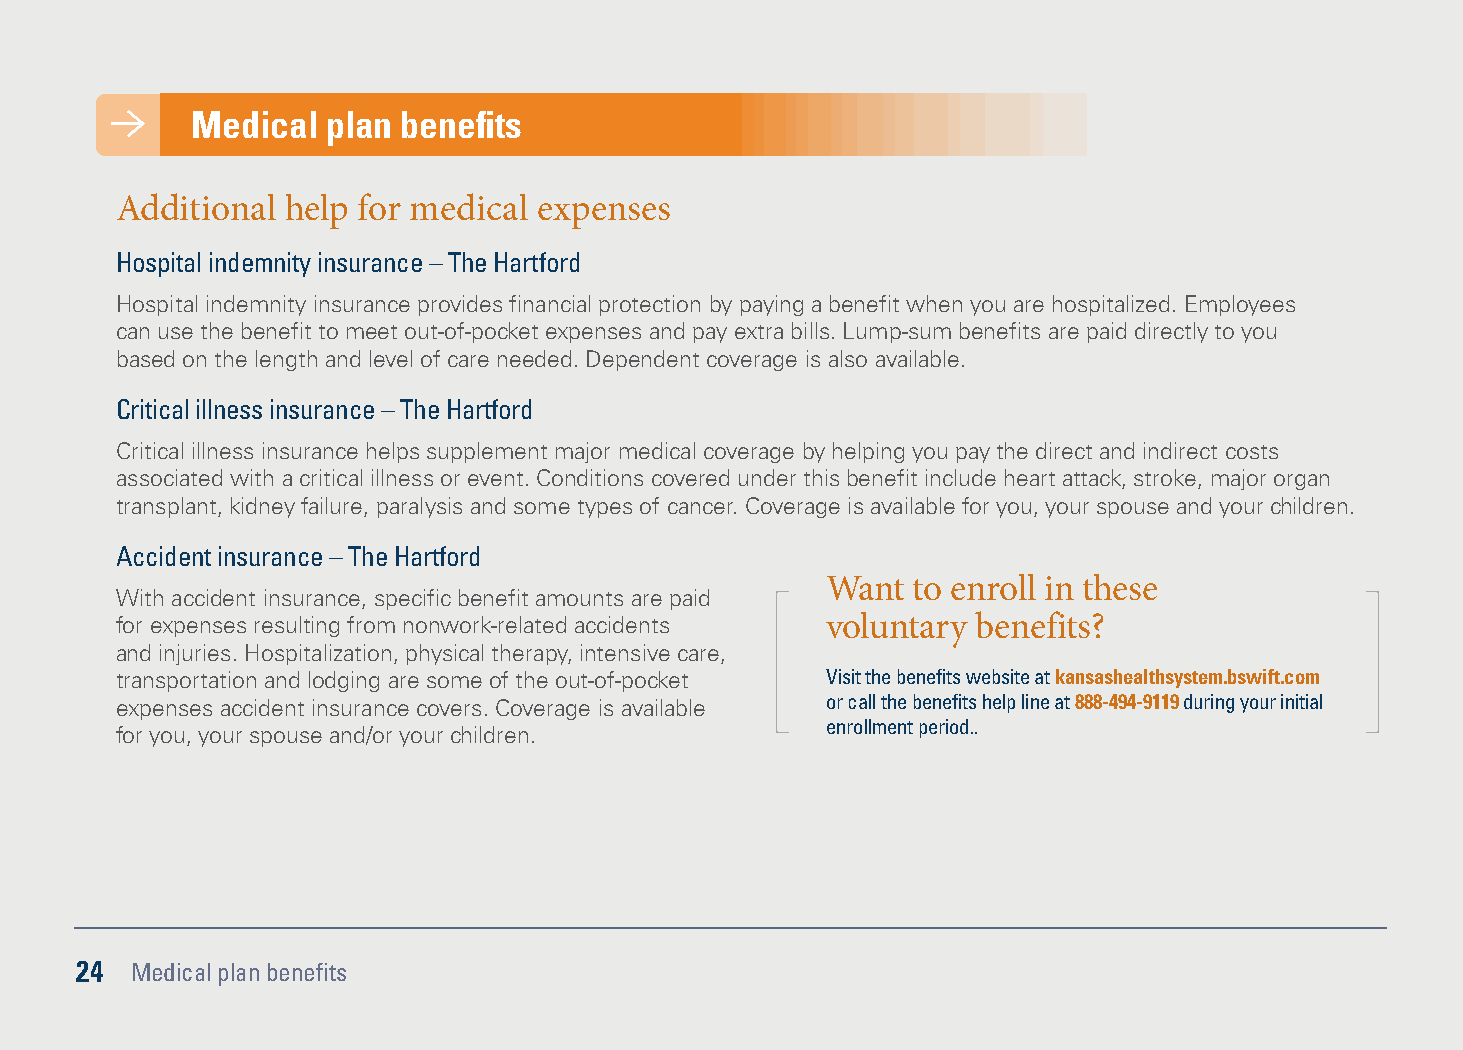
Medical  plan benefits
 Additional help for medical expenses
 Hospital indemnity insurance – The Hartford
 Hospital indemnity insurance provides financial protection by paying a benefit when you are hospitalized. Employees
 can use the benefit to meet out-of-pocket expenses and pay extra bills. Lump-sum benefits are paid directly to you
 based on the length and level of care needed. Dependent coverage is also available.
 Critical illness insurance – The Hartford
 Critical illness insurance helps supplement major medical coverage by helping you pay the direct and indirect costs
 associated with a critical illness or event. Conditions covered under this benefit include heart attack, stroke, major organ
 transplant, kidney failure, paralysis and some types of cancer. Coverage is available for you, your spouse and your children.
 Accident insurance – The Hartford
 Want to enroll in these
 With accident insurance, specific benefit amounts are paid
 for expenses resulting from nonwork-related accidents voluntary benefits?
 and injuries. Hospitalization, physical therapy, intensive care,
 transportation and lodging are some of the out-of-pocket Visit the benefits website at kansashealthsystem.bswift.com
 expenses accident insurance covers. Coverage is available or call the benefits help line at 888-494-9119 during your initial
 enrollment period..
 for you, your spouse and/or your children.
 24  Medical plan benefits